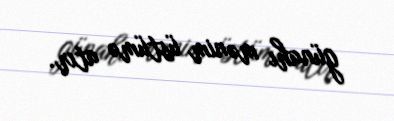
günahı mənim üstümə atır.